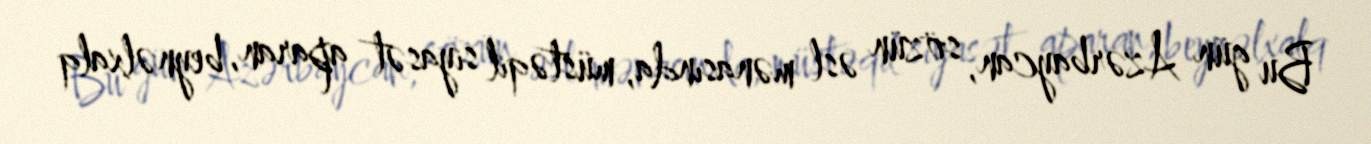
Bu gün Azərbaycan, sözün əsl mənasında, müstəqil siyasət aparan, beynəlxalq